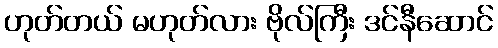
ဟုတ်တယ် မဟုတ်လား ဗိုလ်ကြီး ဒင်နီဆောင်